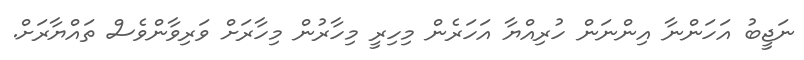
ނަޖީބު އަހަންނާ އިންނަން ހުރިއްޔާ އަހަރެން މިހިރީ މިހާރުން މިހާރަށް ވަރިވާންވެސް ތައްޔާރަށް.